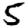
Digit: 5